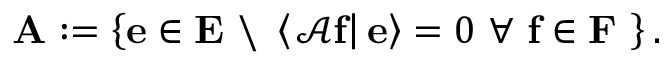
\mathbf { A } : = \left\{ \mathbf { e } \in \mathbf { E } \ \backslash \ \left\langle \left. \mathcal { A } \mathbf { f } \right\vert \mathbf { e } \right\rangle = 0 \ \forall \ \mathbf { f } \in \mathbf { F } \ \right\} .